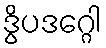
ဒွိပဒဂ္ဂေါ